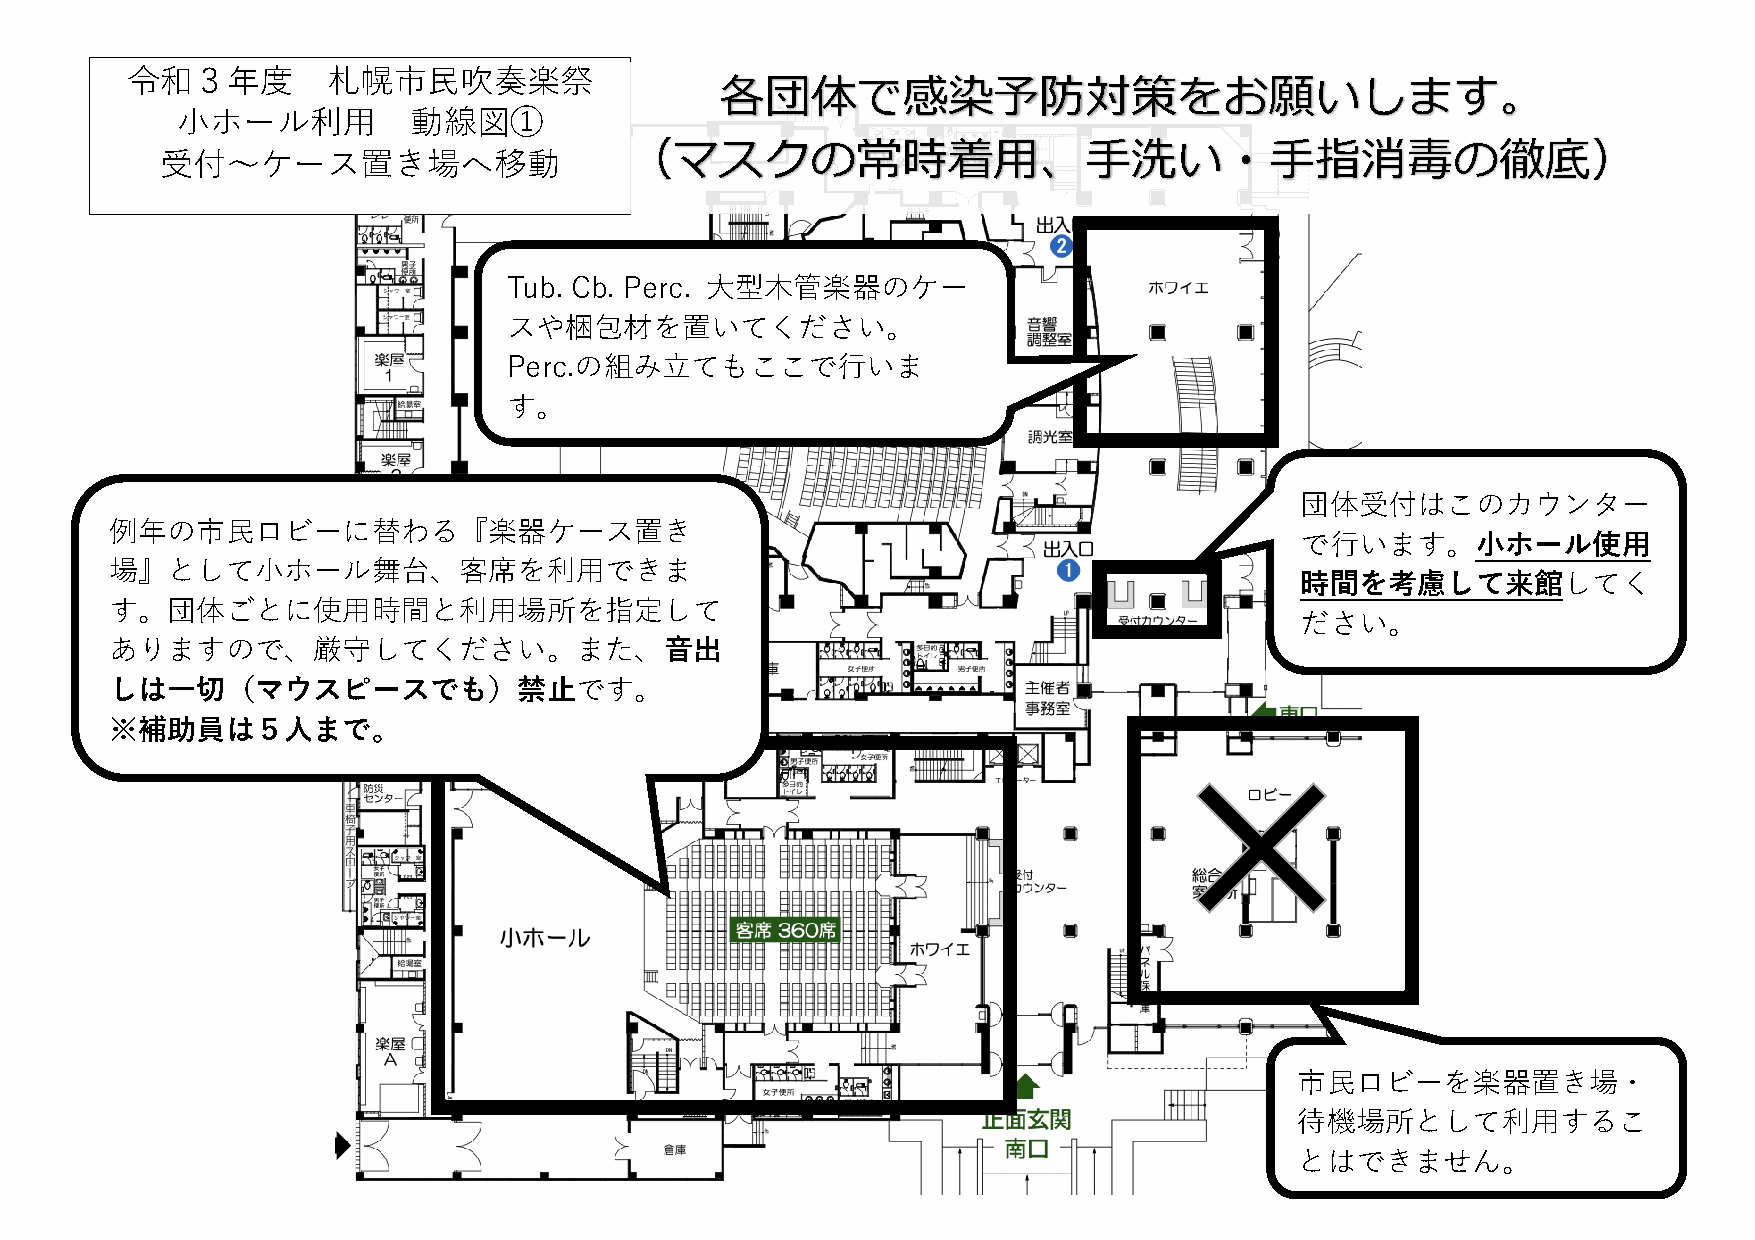
令和３年度         札幌市民吹奏楽祭
 各団体で感染予防対策をお願いします。
 小ホール利用         動線図①
 （マスクの常時着用、手洗い・手指消毒の徹底）
 受付〜ケース置き場へ移動
 Tub. Cb. Perc. 大型木管楽器のケー
 スや梱包材を置いてください。
 Perc.の組み立てもここで行いま
 す。
 団体受付はこのカウンター
 例年の市民ロビーに替わる『楽器ケース置き
 で行います。小ホール使用
 場』として小ホール舞台、客席を利用できま
 時間を考慮して来館してく
 す。団体ごとに使用時間と利用場所を指定して
 ださい。
 ありますので、厳守してください。また、音出
 しは一切（マウスピースでも）禁止です。
 ※補助員は５人まで。
 市民ロビーを楽器置き場・
 待機場所として利用するこ
 とはできません。